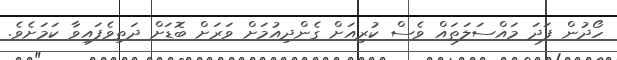
ހޯދުން ފަދަ މައްސަލަތައް ވެސް ކުރިއަށް ގެންދިއުމަށް ވަރަށް ބޮޑަށް ދަތިވެފައިވާ ކަމަށެވެ.